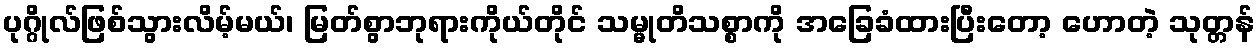
ပုဂ္ဂိုလ်ဖြစ်သွားလိမ့်မယ်၊ မြတ်စွာဘုရားကိုယ်တိုင် သမ္မုတိသစ္စာကို အခြေခံထားပြီးတော့ ဟောတဲ့ သုတ္တန်